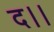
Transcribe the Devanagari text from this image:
द।।